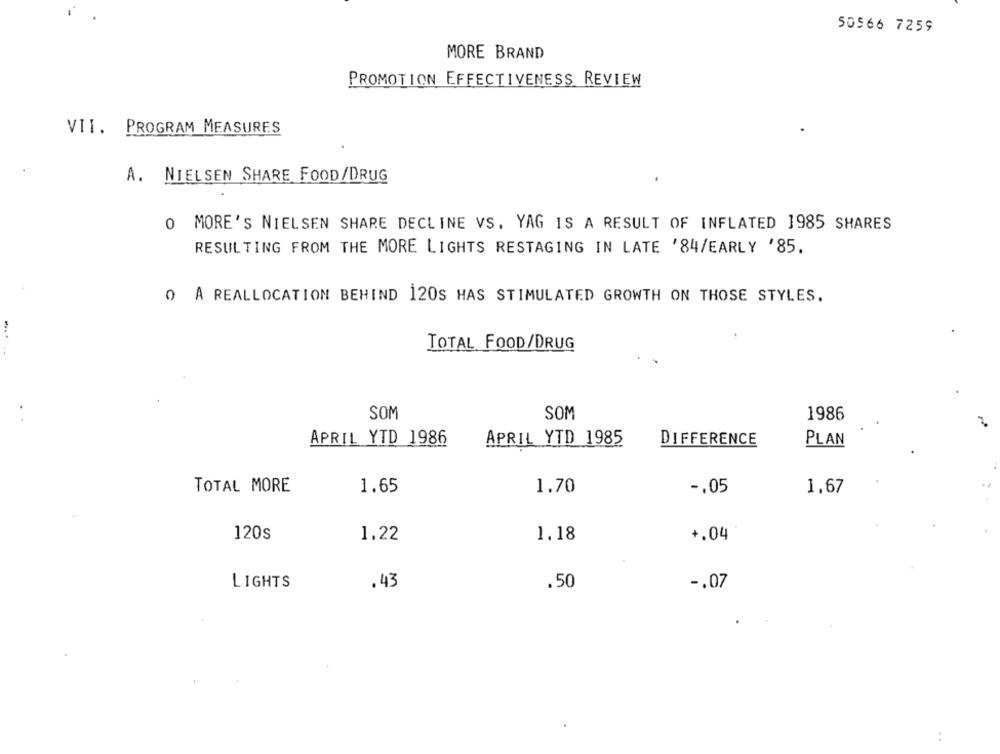
50566 7259
MORE BRAND
PROMOTION EFFECTIVENESS REVIEW
VII. PROGRAM MEASURES
A. NIELSEN SHARE FOOD/DRUG
O MORE'S NIELSEN SHARE DECLINE VS. YAG IS A RESULT OF INFLATED 1985 SHARES
RESULTING FROM THE MORE LIGHTS RESTAGING IN LATE '84/EARLY '85.
0 A REALLOCATION BEHIND 120S HAS STIMULATED GROWTH ON THOSE STYLES.
TOTAL FOOD/DRUG
SOM
SOM
1986
APRIL YTD 1986
APRIL YTD 1985
DIFFERENCE
PLAN
TOTAL MORE
1.65
1.70
-. 05
1,67
120s
1.18
+.04
1.22
LIGHTS
.43
.50
-. 07